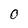
Character: O